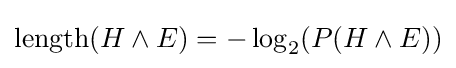
\operatorname {length} (H\land E)=-\log _{2}(P(H\land E))